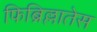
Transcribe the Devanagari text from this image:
फिब्रिल्लातेस